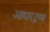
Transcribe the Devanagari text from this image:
आधारद्रव्य